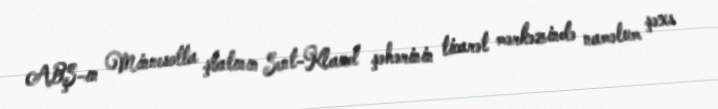
ABŞ-ın Minnesotta ştatının Sent-Klaud şəhərinin ticarət mərkəzində naməlum şəxs